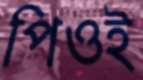
পিওই